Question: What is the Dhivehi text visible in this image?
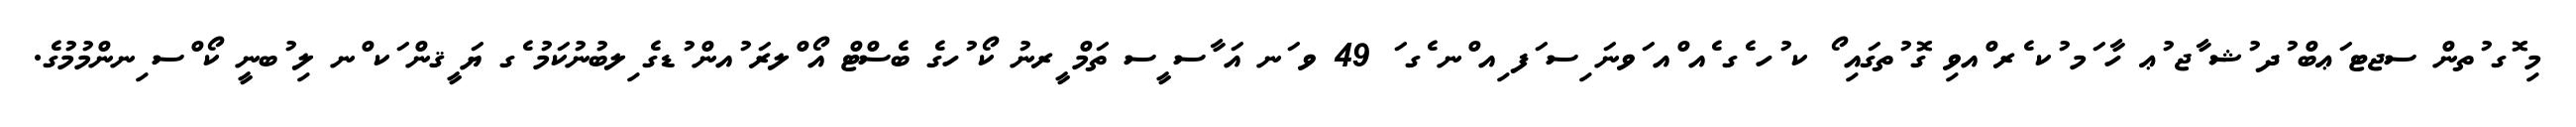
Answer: މި ޮގ ުތން ސޖޓ ަޢބް ުދ ުޝ ާޖ ުޢ ހާ ަމ ުކ ެރ ްއވި ގޮ ުތގައި ޯ ކ ުހ ެގ ެއ ްއ ަވނަ ިސ ަފ ިއ ްނ ެގ ަ 49 ވ ަނ އަ ާސ ީސ ތަމް ީރނު ކޯ ުހގެ ބެސްޓް އޯ ްލރަ ުއން ުޑގެ ިލބުނުކަމު ެގ ޔަ ީޤން ަކ ްނ ލި ުބނީ ކޯ ްސ ިނންމުމުގެ.